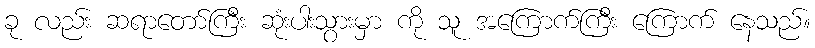
ခု လည်း ဆရာတော်ကြီး ဆုံးပါးသွားမှာ ကို သူ အကြောက်ကြီး ကြောက် နေသည်။